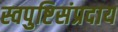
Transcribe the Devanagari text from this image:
स्वपुष्टिसंप्रदाय